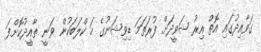
ގަވާއިދުގައި އޮތް އިރު ޝަވީދަށް ފުރަތަމަ ޑިވިޝަނުގެ ހަ ކްލަބަކުން ވަނީ ތާއީދުކޮށްފަ